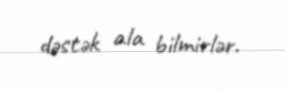
dəstək ala bilmirlər.